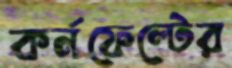
কর্নফেল্টের